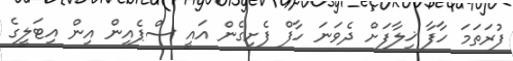
ފުރަތަމަ ހާފާ ޚިލާފަށް ދެވަނަ ހާފް ފެށިގެން އައީ ސްޕެއިން އިން އިޓަލީގެ